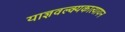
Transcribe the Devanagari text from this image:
याज्ञवल्क्यकात्यायन